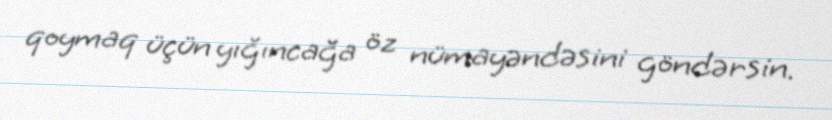
qoymaq üçün yığıncağa öz nümayəndəsini göndərsin.